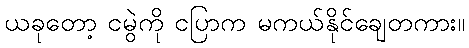
ယခုတော့ ငမွဲကို ငပြာက မကယ်နိုင်ချေတကား။